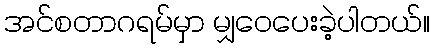
အင်စတာဂရမ်မှာ မျှဝေပေးခဲ့ပါတယ်။